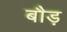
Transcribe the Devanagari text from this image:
बौड़